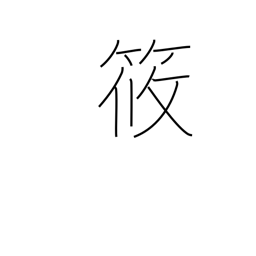
Meaning: diminutive in person's name